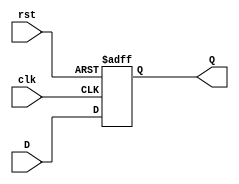
module d_ff (
    input wire clk,
    input wire rst,
    input wire D,
    output reg Q
);

always @(posedge clk or posedge rst) begin
    if (rst) begin
        Q <= 0;
    end else begin
        Q <= D;
    end
end

endmodule